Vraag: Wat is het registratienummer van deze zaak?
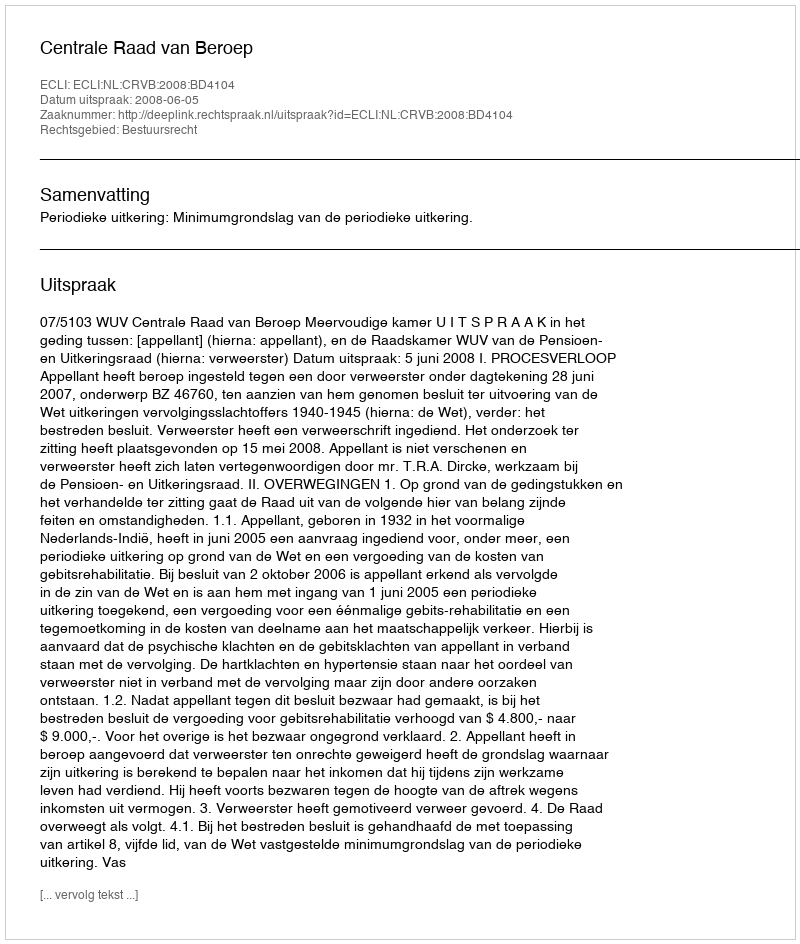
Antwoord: http://deeplink.rechtspraak.nl/uitspraak?id=ECLI:NL:CRVB:2008:BD4104